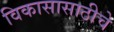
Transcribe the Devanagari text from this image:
विकासासाठीचे